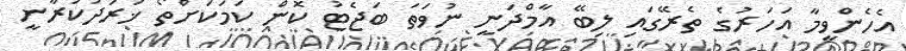
އެހެންވީމާ އަހަރުގެ ތެރޭގައި ލިބޭ އާމްދަނީ ނުވަތަ ބަޖެޓު ކޮން ކަމަކަށްތޯ ޚަރަދުކުރާނީ